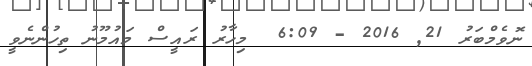
ނޮވެމްބަރު 21